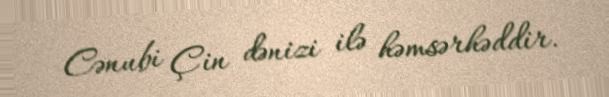
Cənubi Çin dənizi ilə həmsərhəddir.